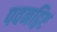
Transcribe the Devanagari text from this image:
पवनद्विष्ट